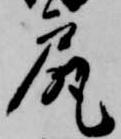
尻